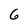
Character: 6